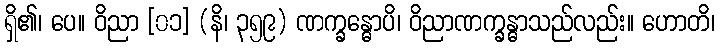
ရှိ၏၊ ပေ။ ဝိညာ [၀၁] (နိ၊ ၃၅၉) ဏက္ခန္ဓောပိ၊ ဝိညာဏက္ခန္ဓာသည်လည်း။ ဟောတိ၊